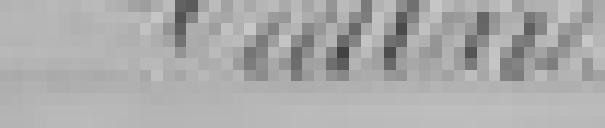
VILLARD?